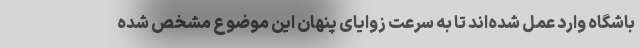
باشگاه وارد عمل شده‌اند تا به سرعت زوایای پنهان این موضوع مشخص شده